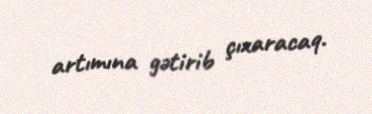
artımına gətirib çıxaracaq.